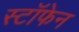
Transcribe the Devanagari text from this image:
स्टॉफेन